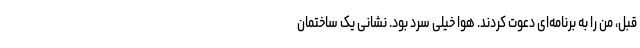
قبل، من را به برنامه‌ای دعوت کردند. هوا خیلی سرد بود. نشانی یک ساختمان